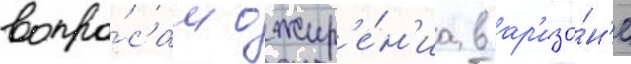
вопро́сам ожир'е́н'иа в ар'изо́н'е